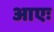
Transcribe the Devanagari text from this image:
आएः